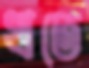
খতে